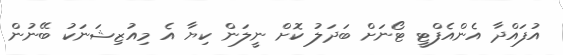
އުފައްދާ އެންއެފްޓީ ޓޯނަށް ބަދަލު ކޮށް ނީލަން ކިޔާ އެ މިއުޒިޝަނަކު ބޭނުން